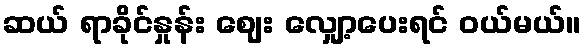
ဆယ် ရာခိုင်နှုန်း ဈေး လျှော့ပေးရင် ဝယ်မယ်။